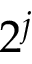
2 ^ { j }